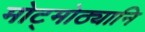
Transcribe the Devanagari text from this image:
मोट्मोठ्यानि